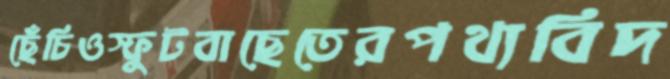
ছেঁচিওস্ফুটবাছেতেরপথ্যবিদ